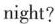
night?